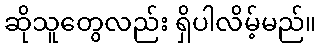
ဆိုသူတွေလည်း ရှိပါလိမ့်မည်။